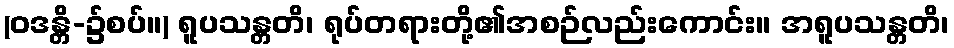
(ဝဒန္တိ-၌စပ်။) ရူပသန္တတိ၊ ရုပ်တရားတို့၏အစဉ်လည်းကောင်း။ အရူပသန္တတိ၊